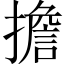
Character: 擔